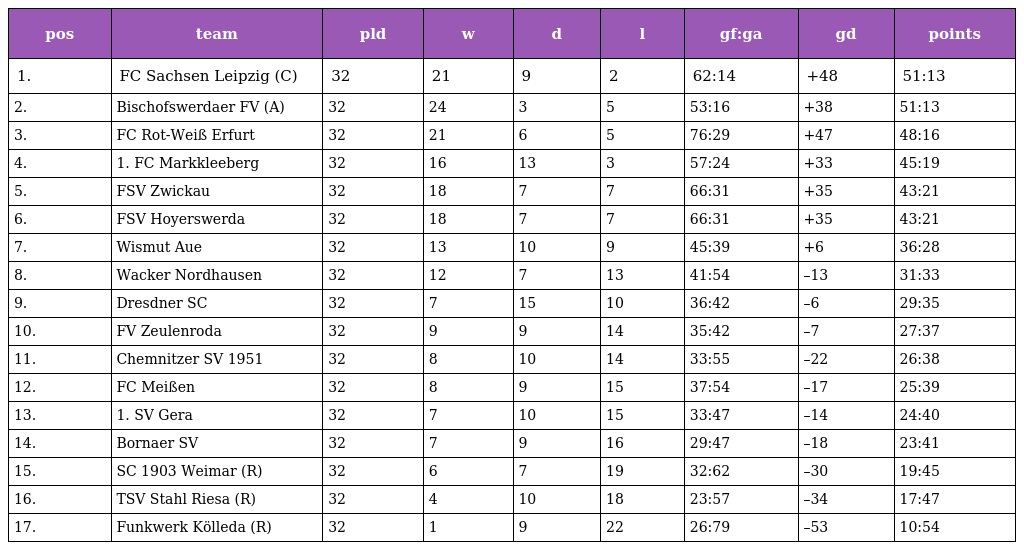
| pos | team | pld | w | d | l | gf:ga | gd | points |
 | --- | --- | --- | --- | --- | --- | --- | --- | --- |
 | 1. | FC Sachsen Leipzig (C) | 32 | 21 | 9 | 2 | 62:14 | +48 | 51:13 |
 | 2. | Bischofswerdaer FV (A) | 32 | 24 | 3 | 5 | 53:16 | +38 | 51:13 |
 | 3. | FC Rot-Weiß Erfurt | 32 | 21 | 6 | 5 | 76:29 | +47 | 48:16 |
 | 4. | 1. FC Markkleeberg | 32 | 16 | 13 | 3 | 57:24 | +33 | 45:19 |
 | 5. | FSV Zwickau | 32 | 18 | 7 | 7 | 66:31 | +35 | 43:21 |
 | 6. | FSV Hoyerswerda | 32 | 18 | 7 | 7 | 66:31 | +35 | 43:21 |
 | 7. | Wismut Aue | 32 | 13 | 10 | 9 | 45:39 | +6 | 36:28 |
 | 8. | Wacker Nordhausen | 32 | 12 | 7 | 13 | 41:54 | –13 | 31:33 |
 | 9. | Dresdner SC | 32 | 7 | 15 | 10 | 36:42 | –6 | 29:35 |
 | 10. | FV Zeulenroda | 32 | 9 | 9 | 14 | 35:42 | –7 | 27:37 |
 | 11. | Chemnitzer SV 1951 | 32 | 8 | 10 | 14 | 33:55 | –22 | 26:38 |
 | 12. | FC Meißen | 32 | 8 | 9 | 15 | 37:54 | –17 | 25:39 |
 | 13. | 1. SV Gera | 32 | 7 | 10 | 15 | 33:47 | –14 | 24:40 |
 | 14. | Bornaer SV | 32 | 7 | 9 | 16 | 29:47 | –18 | 23:41 |
 | 15. | SC 1903 Weimar (R) | 32 | 6 | 7 | 19 | 32:62 | –30 | 19:45 |
 | 16. | TSV Stahl Riesa (R) | 32 | 4 | 10 | 18 | 23:57 | –34 | 17:47 |
 | 17. | Funkwerk Kölleda (R) | 32 | 1 | 9 | 22 | 26:79 | –53 | 10:54 |